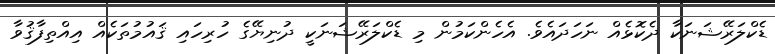
ޑެކްލަރޭޝަނަކާ ދެކޮޅެއް ނަހަދައެވެ. އެހެންކަމުން މި ޑެކްލަރޭޝަނަކީ ދުނިޔޭގެ ހުރިހައި ޤައުމުތަކެއް އިއްތިފާޤުވާ